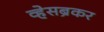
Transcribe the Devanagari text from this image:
व्हेसब्रेकर